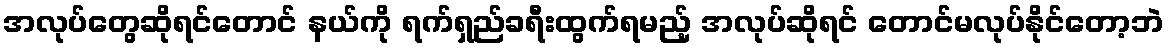
အလုပ်တွေဆိုရင်တောင် နယ်ကို ရက်ရှည်ခရီးထွက်ရမည့် အလုပ်ဆိုရင် တောင်မလုပ်နိုင်တော့ဘဲ